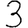
Digit: 3